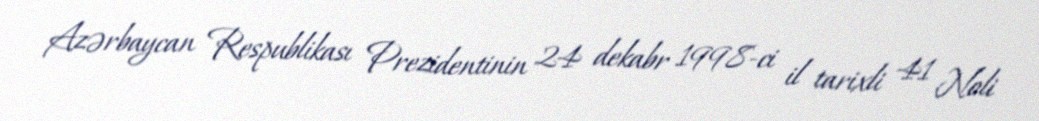
Azərbaycan Respublikası Prezidentinin 24 dekabr 1998-ci il tarixli 41 №li